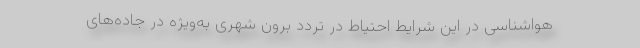
هواشناسی در این شرایط احتیاط در تردد برون شهری به‌ویژه در جاده‌های